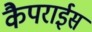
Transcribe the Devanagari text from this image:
कैपराईस